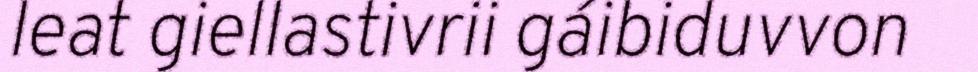
leat giellastivrii gáibiduvvon